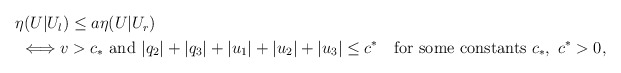
\begin{align*}\begin{aligned}&\eta(U|U_l) \le a\eta(U|U_r)\\&~ \Longleftrightarrow v>c_*~\mbox{and}~ |q_2|+|q_3|+ |u_1|+ |u_2|+|u_3|\le c^*\quad\mbox{for some constants}~c_*,~c^*>0, \end{aligned} \end{align*}